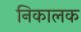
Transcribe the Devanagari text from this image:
निकालक